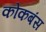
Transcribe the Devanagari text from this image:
कोकबंस